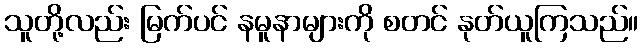
သူတို့လည်း မြက်ပင် နမူနာများကို စတင် နုတ်ယူကြသည်။